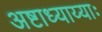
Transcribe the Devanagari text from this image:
अष्टाध्याय्याः